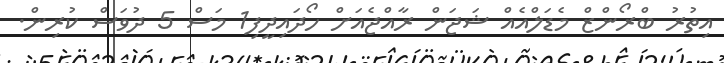
އިތުރު ބްރޯންޒް މެޑަލްއެއް ޝަޖަން ރާއްޖެއަށް ހޯދައިދީފި1 މަސް 5 ދުވަސް ކުރިން.